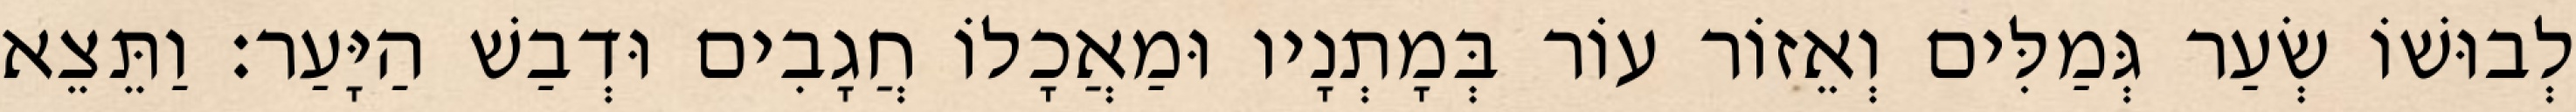
לְבוּשׁוֹ שְׂעַר גְּמַלִּים וְאֵזוֹר עוֹר בְּמָתְנָיו וּמַאֲכָלוֹ חֲגָבִים וּדְבַשׁ הַיָּעַר׃ וַתֵּצֵא